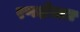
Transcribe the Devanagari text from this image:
रणक्षेत्रात